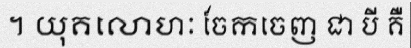
។ យុគលោហៈ ចែកចេញ ជា បី គឺ